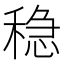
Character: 稳